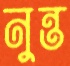
নুন্ত